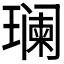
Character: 𬎑